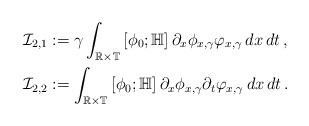
\begin{align*}&\mathcal I_{2,1}:=\gamma\int_{\mathbb R\times\mathbb T}\left[\phi_0;\mathbb H\right]\partial_x\phi_{x,\gamma}\varphi_{x,\gamma}\,dx\,dt\,,\\&\mathcal I_{2,2}:=\int_{\mathbb R\times\mathbb T }\left[\phi_0;\mathbb H\right]\partial_x\phi_{x,\gamma}\partial_t\varphi_{x,\gamma}\,dx\,dt\,.\end{align*}